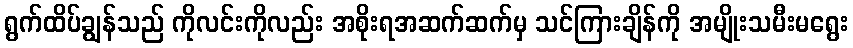
ရွက်ထိပ်ချွန်သည် ကိုလင်းကိုလည်း အစိုးရအဆက်ဆက်မှ သင်ကြားချိန်ကို အမျိုးသမီးမရွေး